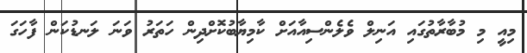
މިއީ މި މުބާރާތުގައި އަނިލް ވެލެންސިއާއަށް ކާމިޔާބުކޮށްދިން ހަތަރު ވަނަ ލަނޑުކަން ފާހަގަ